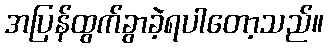
အပြန်ထွက်ခွာခဲ့ရပါတော့သည်။